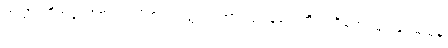
အသိတပီတခါယိတသာယိတံ။ တတ္ထ ယထာ သုဝါနဒေါဏိယံ ဌိတေ သုဝါနဝမထုမှိ